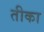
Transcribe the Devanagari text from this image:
तीका